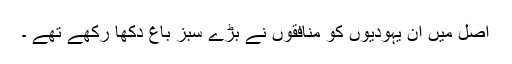
اصل میں ان یہودیوں کو منافقوں نے بڑے سبز باغ دکھا رکھے تھے ۔